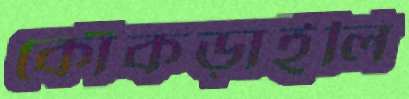
কোঁকড়াইলি